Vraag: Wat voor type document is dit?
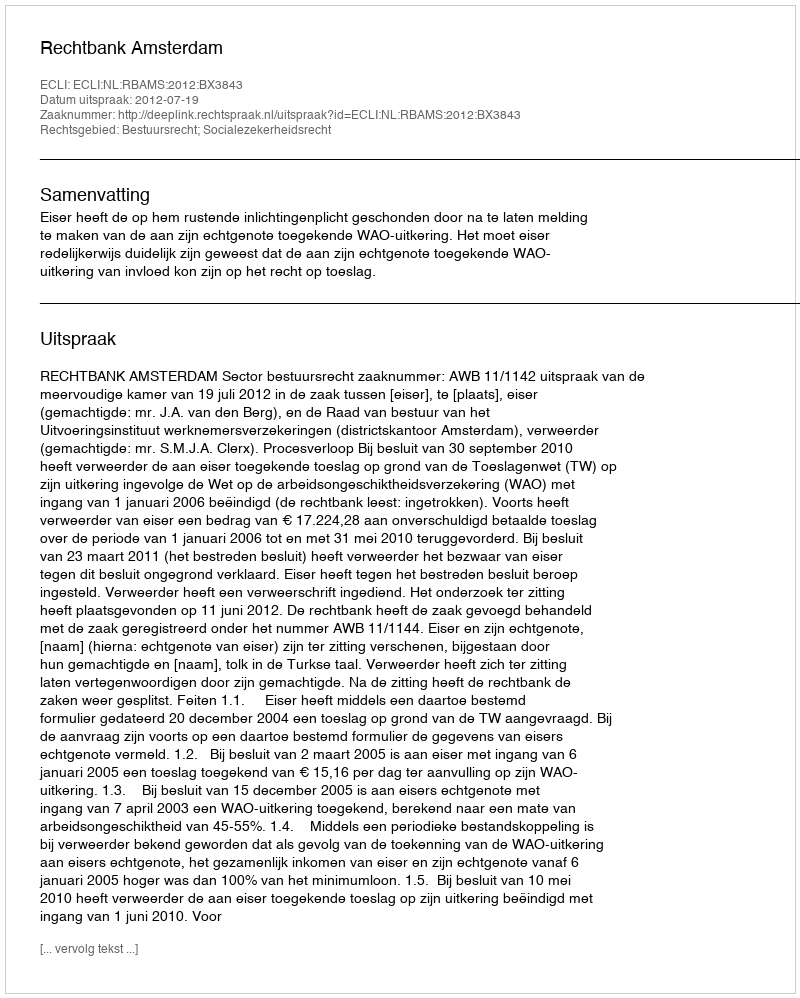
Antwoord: Uitspraak